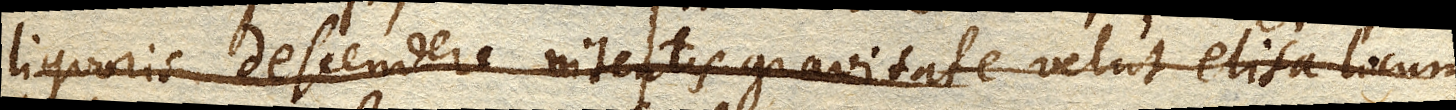
liquoris descendere nitentis gravitate velut elisa locum